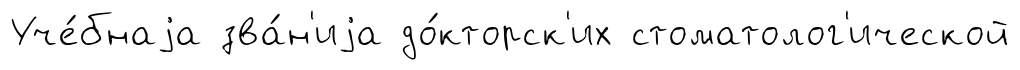
Уче́бнаjа зва́н'иjа до́кторск'их стоматолог'ической